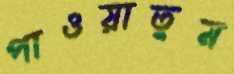
পাওয়াতুম